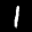
Label: 1